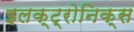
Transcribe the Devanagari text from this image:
इलक्ट्रोनिक्स